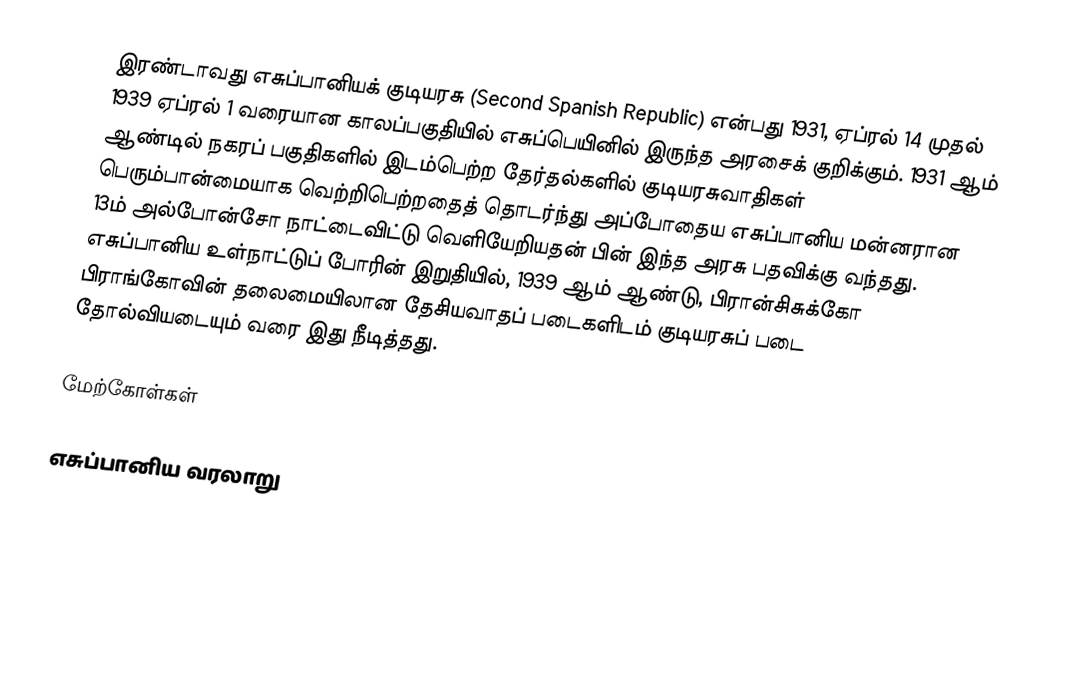
இரண்டாவது எசுப்பானியக் குடியரசு (Second Spanish Republic) என்பது 1931, ஏப்ரல் 14 முதல் 1939 ஏப்ரல் 1 வரையான காலப்பகுதியில் எசுப்பெயினில் இருந்த அரசைக் குறிக்கும். 1931 ஆம் ஆண்டில் நகரப் பகுதிகளில் இடம்பெற்ற தேர்தல்களில் குடியரசுவாதிகள் பெரும்பான்மையாக வெற்றிபெற்றதைத் தொடர்ந்து அப்போதைய எசுப்பானிய மன்னரான 13ம் அல்போன்சோ நாட்டைவிட்டு வெளியேறியதன் பின் இந்த அரசு பதவிக்கு வந்தது. எசுப்பானிய உள்நாட்டுப் போரின் இறுதியில், 1939 ஆம் ஆண்டு, பிரான்சிசுக்கோ பிராங்கோவின் தலைமையிலான தேசியவாதப் படைகளிடம் குடியரசுப் படை தோல்வியடையும் வரை இது நீடித்தது.

மேற்கோள்கள்

எசுப்பானிய வரலாறு